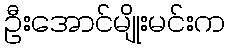
ဦးအောင်မျိုးမင်းက